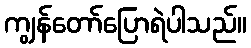
ကျွန်တော်ပြောရဲပါသည်။